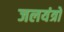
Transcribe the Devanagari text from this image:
जलयंत्रों